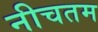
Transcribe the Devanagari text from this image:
नीचतम